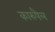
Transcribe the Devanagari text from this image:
कारुपैल